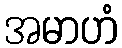
အမာဟံ